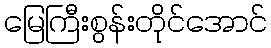
မြေကြီးစွန်းတိုင်အောင်